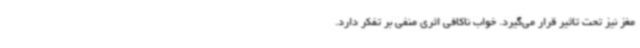
مغز نیز تحت تاثیر قرار می‌گیرد. خواب ناکافی اثری منفی بر تفکر دارد.